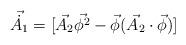
LaTeX: \begin{align*}\vec{\dot{A_{1}}}=[\vec{A_{2}}\vec{\phi^{2}}-\vec{\phi}(\vec{A_{2}}\cdot\vec{\phi})]\end{align*}